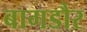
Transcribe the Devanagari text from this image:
बागडौर